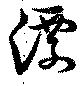
漂